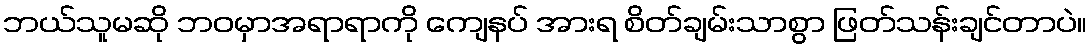
ဘယ်သူမဆို ဘဝမှာအရာရာကို ကျေနပ် အားရ စိတ်ချမ်းသာစွာ ဖြတ်သန်းချင်တာပဲ။